Lunatic asylums in Bengal annual reports 1912-1924 - 1912-1924
Year: 1912
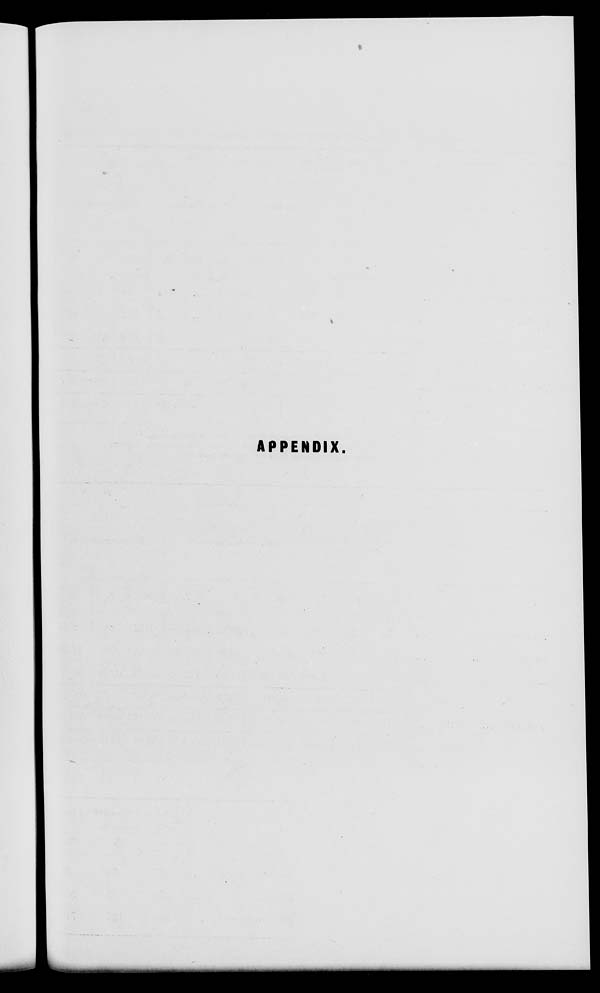
APPENDIX.